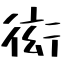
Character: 衒